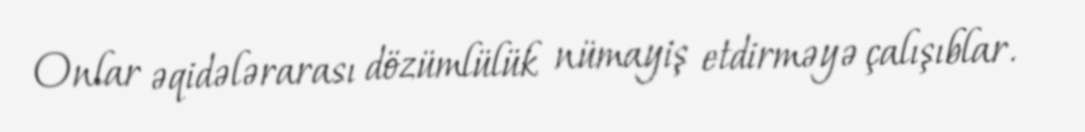
Onlar əqidələrarası dözümlülük nümayiş etdirməyə çalışıblar.